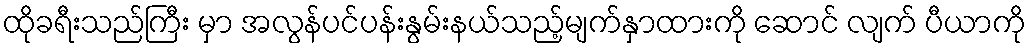
ထိုခရီးသည်ကြီး မှာ အလွန်ပင်ပန်းနွမ်းနယ်သည့်မျက်နှာထားကို ဆောင် လျက် ပီယာကို